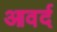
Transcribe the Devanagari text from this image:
आवर्द